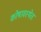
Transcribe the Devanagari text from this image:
कोषावस्थेत